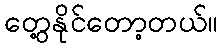
တွေ့နိုင်တော့တယ်။